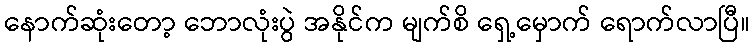
နောက်ဆုံးတော့ ဘောလုံးပွဲ အနိုင်က မျက်စိ ရှေ့မှောက် ရောက်လာပြီ။